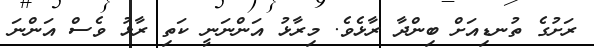
ރަށުގެ ތުނޑިއަށް ބިންދާ ރާޅެވެ. މިރާޅު އަންނަނީ ކަތި ރާޅު ވެސް އަންނަ